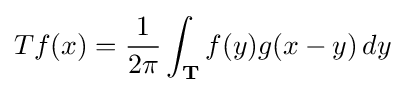
T{f}(x)={\frac {1}{2\pi }}\int _{\mathbf {T} }{f}(y)g(x-y)\,dy